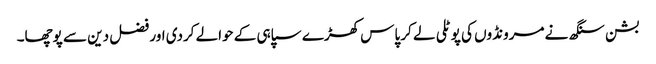
بشن سنگھ نے مرونڈوں کی پوٹلی لے کر پاس کھڑے سپاہی کے حوالے کردی اور فضل دین سے پوچھا۔